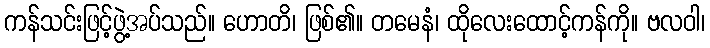
ကန်သင်းဖြင့်ဖွဲ့အပ်သည်။ ဟောတိ၊ ဖြစ်၏။ တမေနံ၊ ထိုလေးထောင့်ကန်ကို။ ဗလဝါ၊